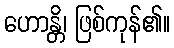
ဟောန္တိ၊ ဖြစ်ကုန်၏။